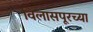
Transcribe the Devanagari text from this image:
विलासपूरच्या